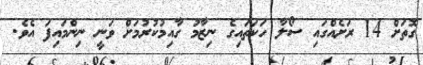
ގޮތަށް 14 ރަށެއްގައި ސޯލާ ހަކަތައިގެ ނިޒާމު ގާއިމުކުރުމަށް ވަނީ ނިންމައިފަ އެވެ.